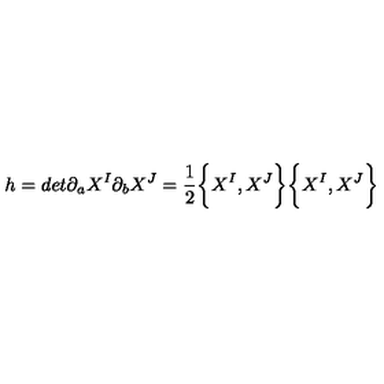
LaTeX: h = d e t \partial _ { a } X ^ { I } \partial _ { b } X ^ { J } = \frac { 1 } { 2 } \biggl \{ X ^ { I } , X ^ { J } \biggr \} \biggl \{ X ^ { I } , X ^ { J } \biggr \}